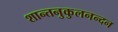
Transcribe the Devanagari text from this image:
शान्तनुकुलनन्दन